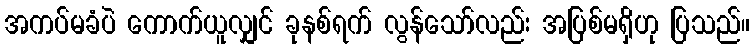
အကပ်မခံပဲ ကောက်ယူလျှင် ခုနစ်ရက် လွန်သော်လည်း အပြစ်မရှိဟု ပြသည်။